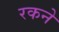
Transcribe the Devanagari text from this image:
रकने